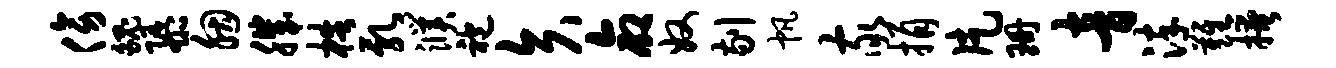
傍魄隳胭肌梏乳濮袍矢命奴剔帆家捐片珊音淬难掩